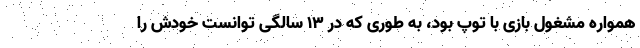
همواره مشغول بازی با توپ بود، به طوری که در ۱۳ سالگی توانست خودش را